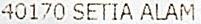
40170 SETIA ALAM